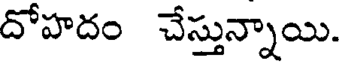
దోహదం చేస్తున్నాయి.